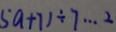
5 a + 7 ) \div 7 \cdots 2